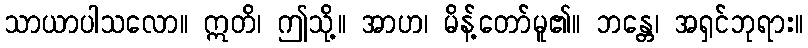
သာယာပါသလော။ ဣတိ၊ ဤသို့။ အာဟ၊ မိန့်တော်မူ၏။ ဘန္တေ၊ အရှင်ဘုရား။